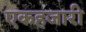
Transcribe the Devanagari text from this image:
एकहजारी